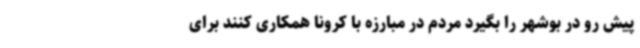
پیش رو در بوشهر را بگیرد مردم در مبارزه با کرونا همکاری کنند برای